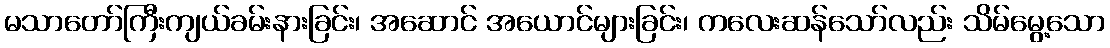
မသာတော်ကြီးကျယ်ခမ်းနားခြင်း၊ အဆောင် အယောင်များခြင်း၊ ကလေးဆန်သော်လည်း သိမ်မွေ့သော